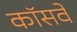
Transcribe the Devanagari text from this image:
कॉसवे